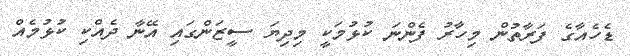
ޑެހެއާގެ ފަރާތުން މިހާރު ފެންނަ ކުޅުމަކީ މިދިޔަ ސީޒަންގައި އޭނާ ދެއްކި ކުޅުމެއް